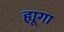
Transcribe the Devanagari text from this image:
ह्यूगा